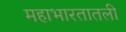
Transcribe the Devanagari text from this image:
महाभारतातली